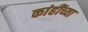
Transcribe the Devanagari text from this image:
कांहींच्या